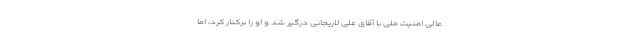
عالی امنیت ملی با آقای علی لاریجانی درگیر شد و او را برکنار کرد، اما